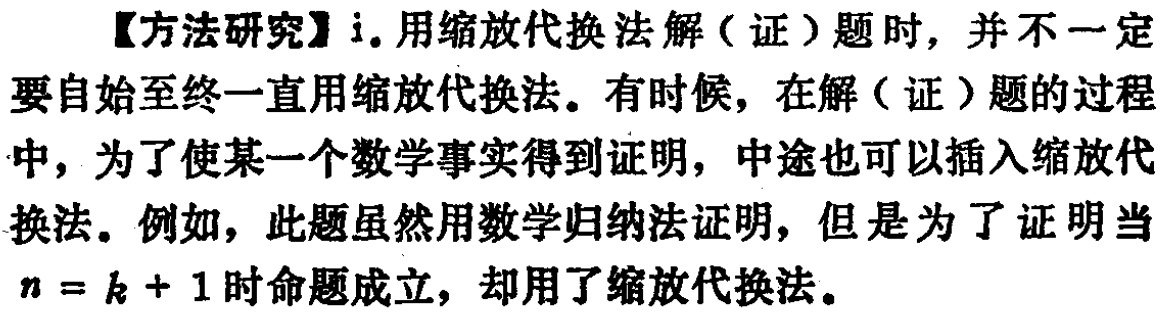
【方法研究】i. 用缩放代换法解（证）题时，并不一定要自始至终一直用缩放代换法。有时候，在解（证）题的过程中，为了使某一个数学事实得到证明，中途也可以插入缩放代换法。例如，此题虽然用数学归纳法证明，但是为了证明当\(n = k + 1\)时命题成立，却用了缩放代换法。